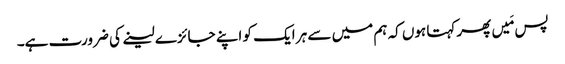
پس مَیں پھرکہتا ہوں کہ ہم میں سے ہر ایک کو اپنے جائزے لینے کی ضرورت ہے۔